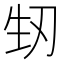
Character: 𭃚